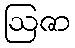
ဩဇာ